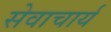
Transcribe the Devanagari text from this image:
सेवाचार्य